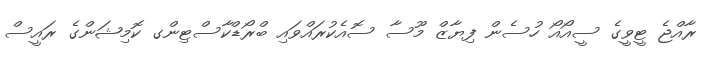
ރާއްޖެ ޓީވީގެ ސީއޯއޯ ހުސެން ފިޔާޒް މޫސާ ސޮއެކުރައްވައި ބްރޯޑްކާސްޓިންގ ކޮމިޝަންގެ ރައީސް